Bréfritari: Gunnlaugur Oddsson
Dagsetning: A-1890-02-06
Skrifað á: Glasgow, Skotlandi

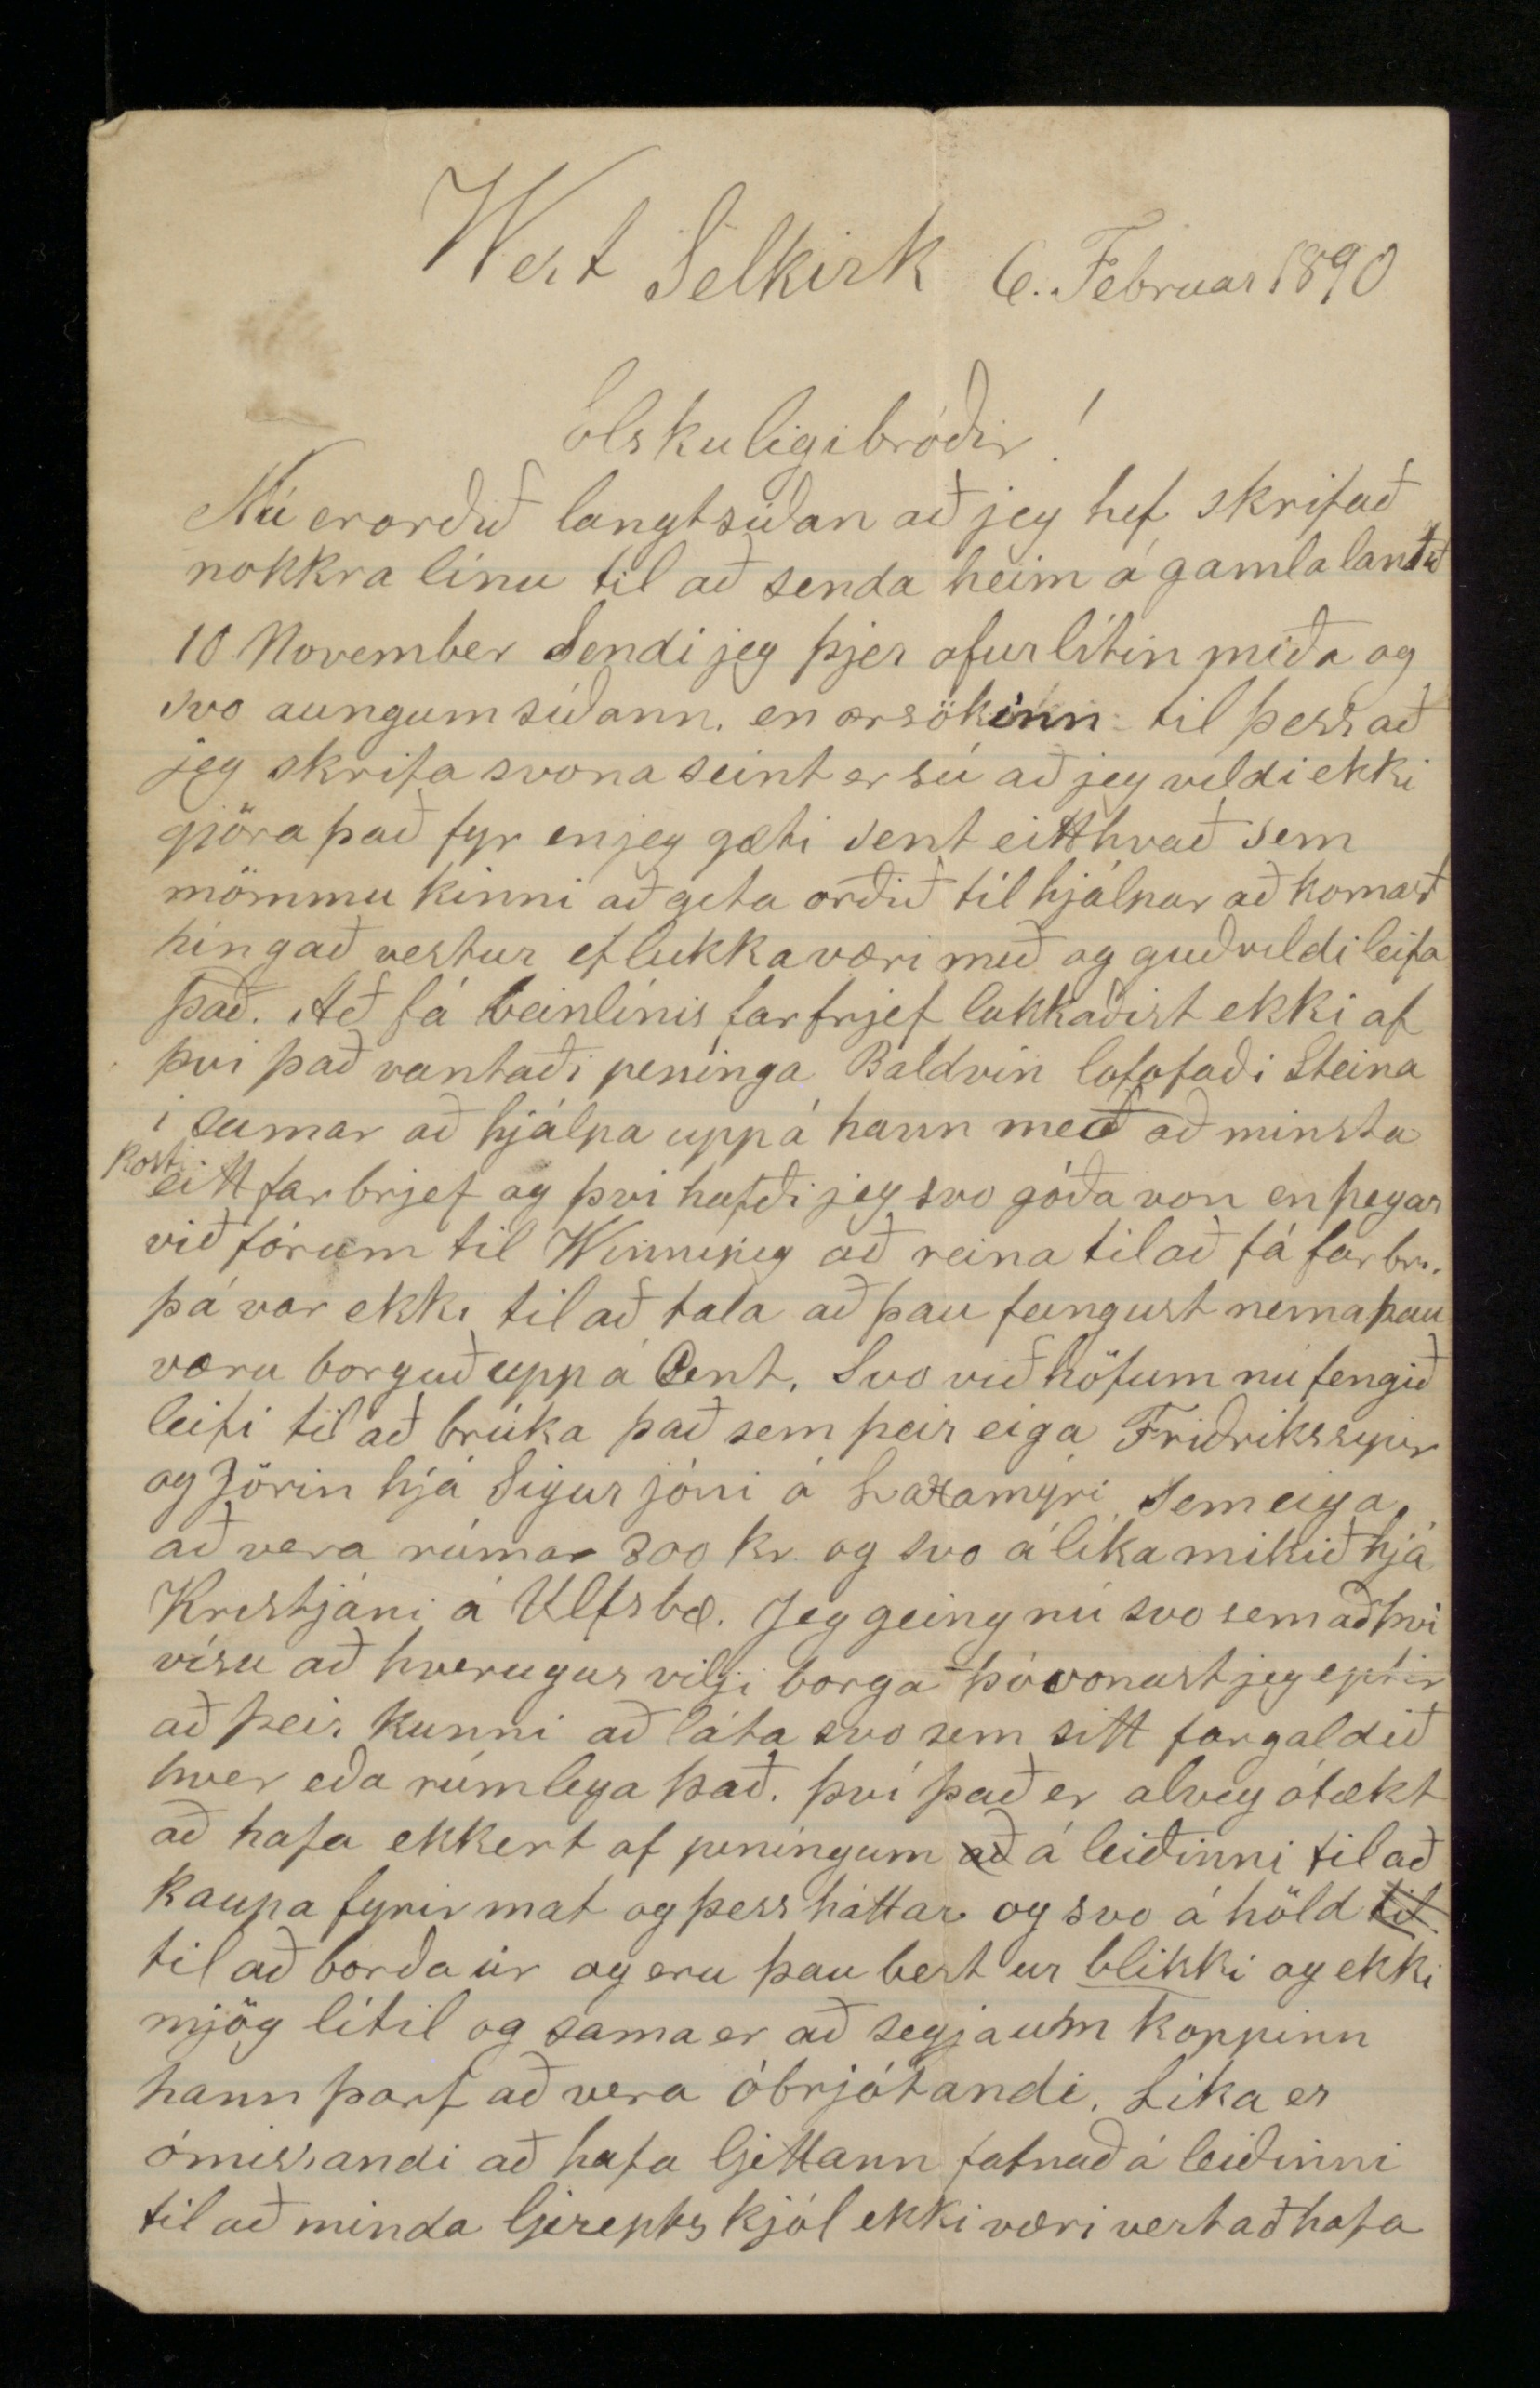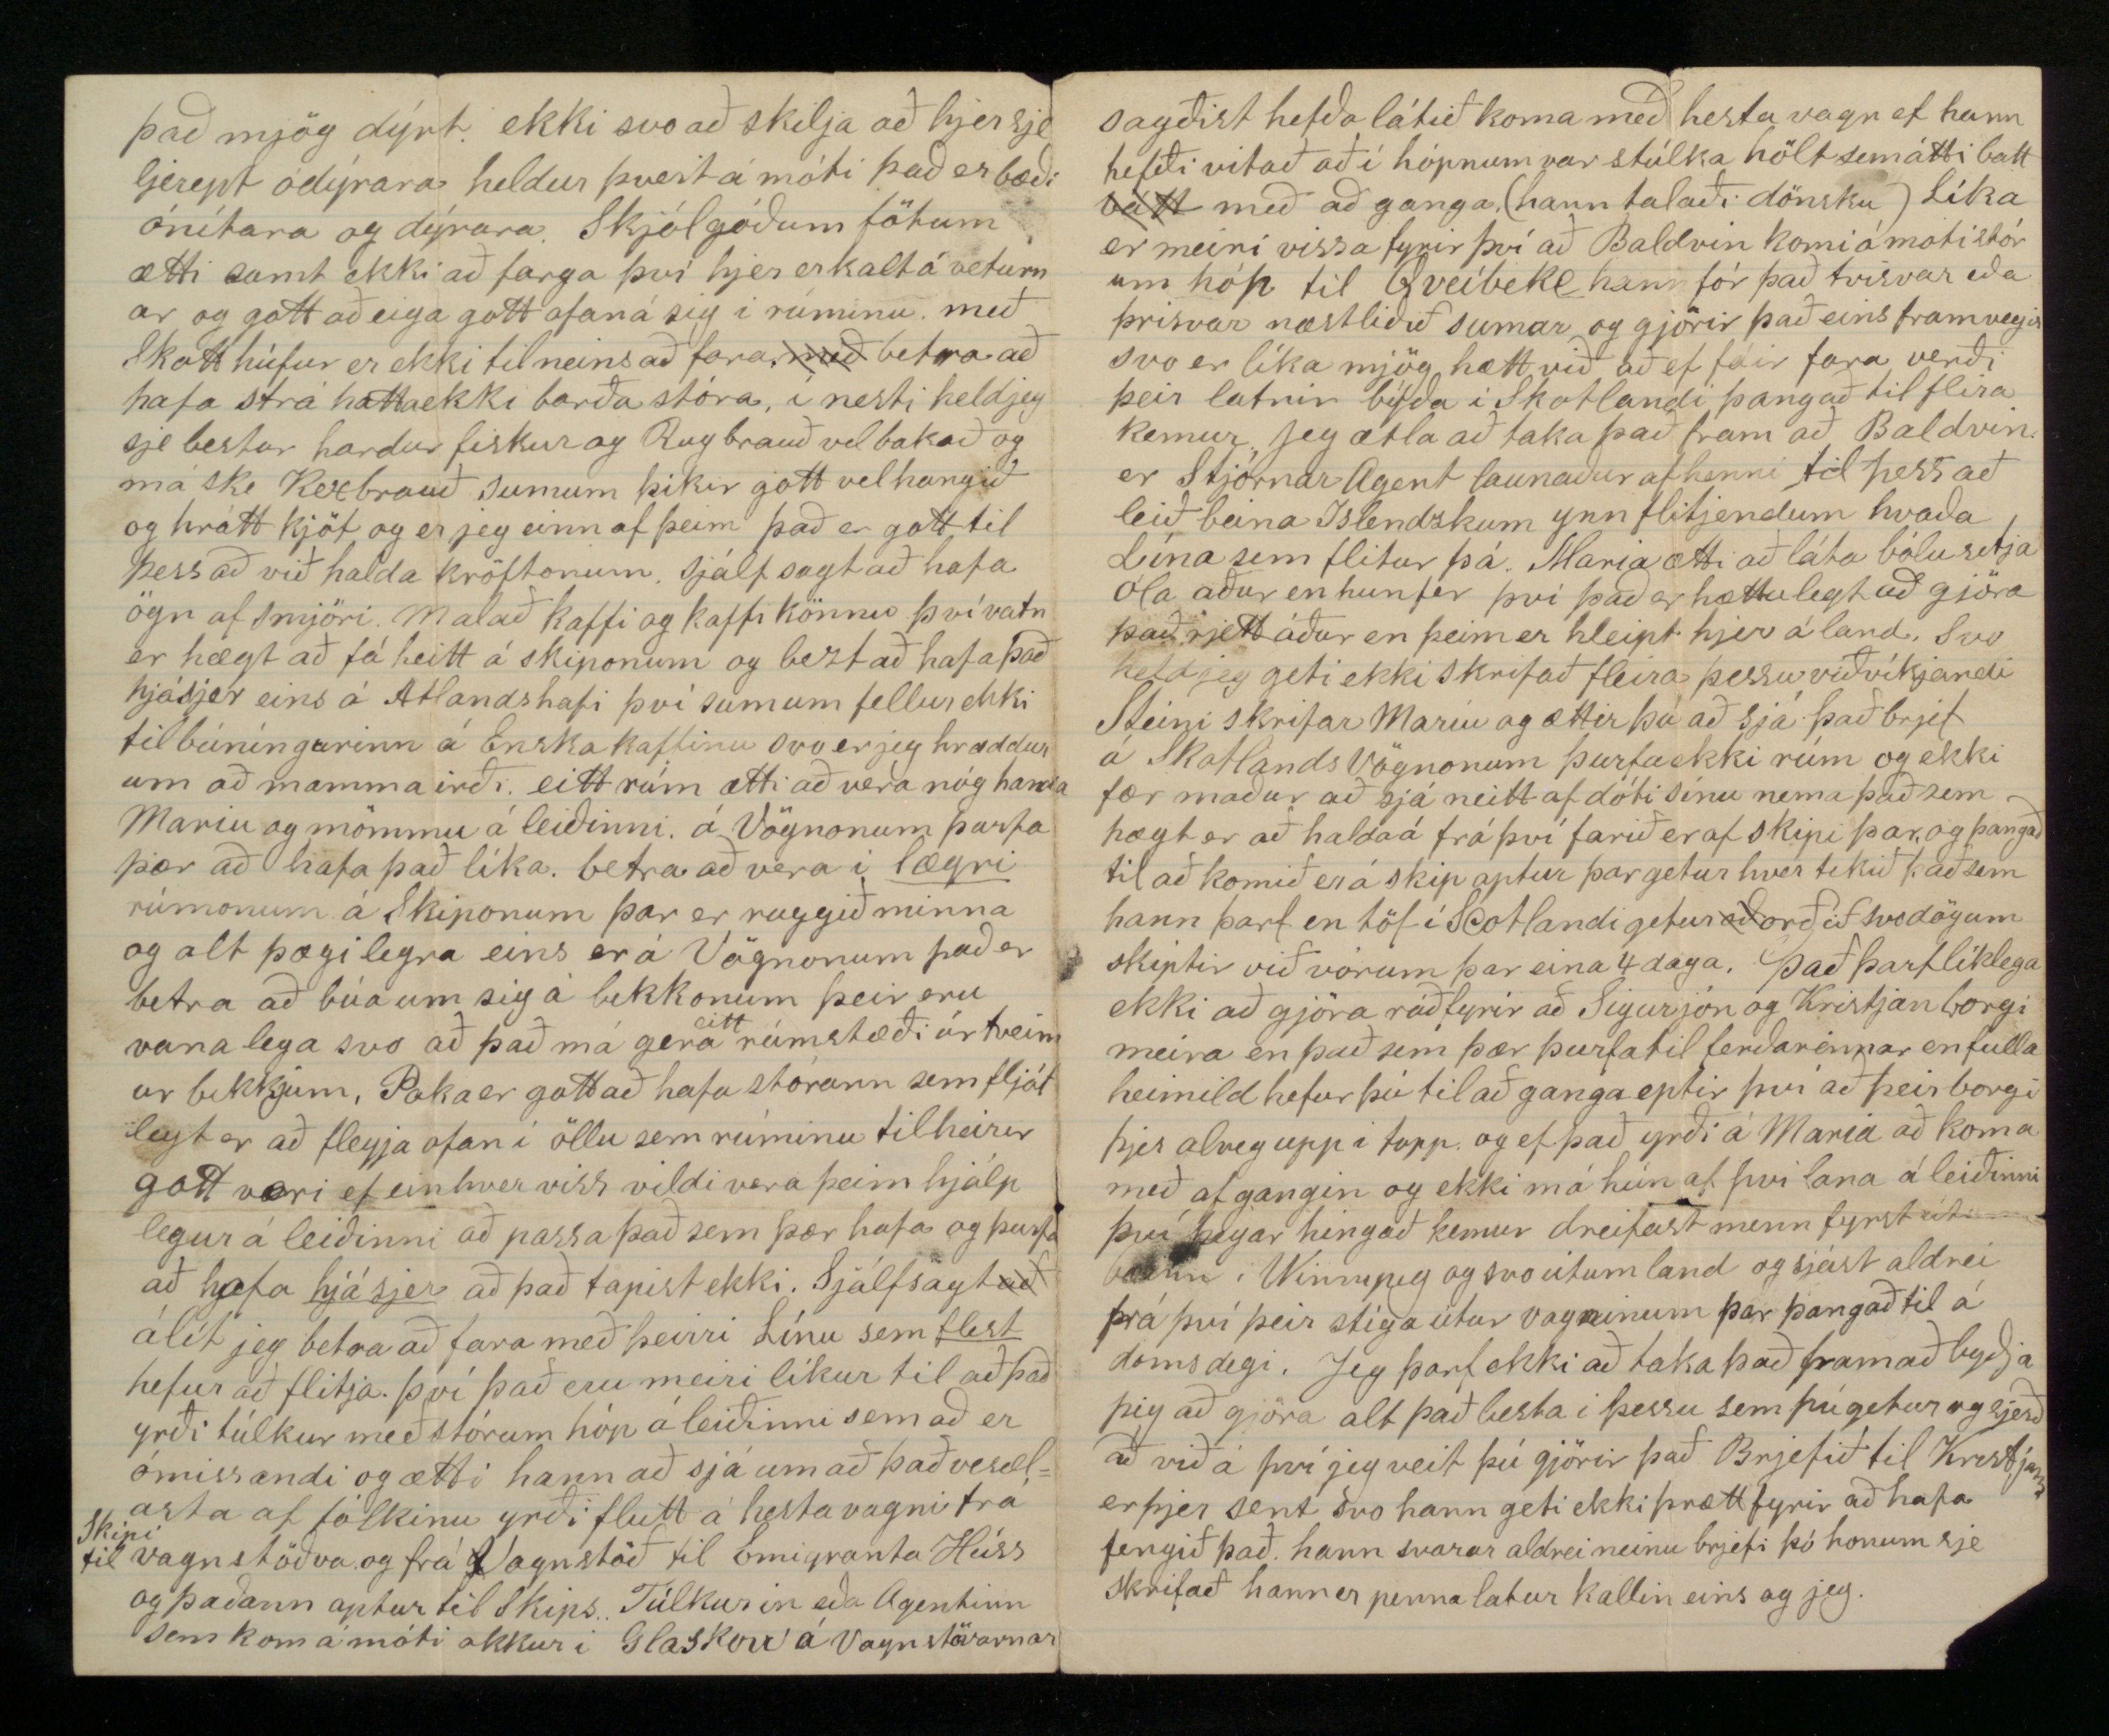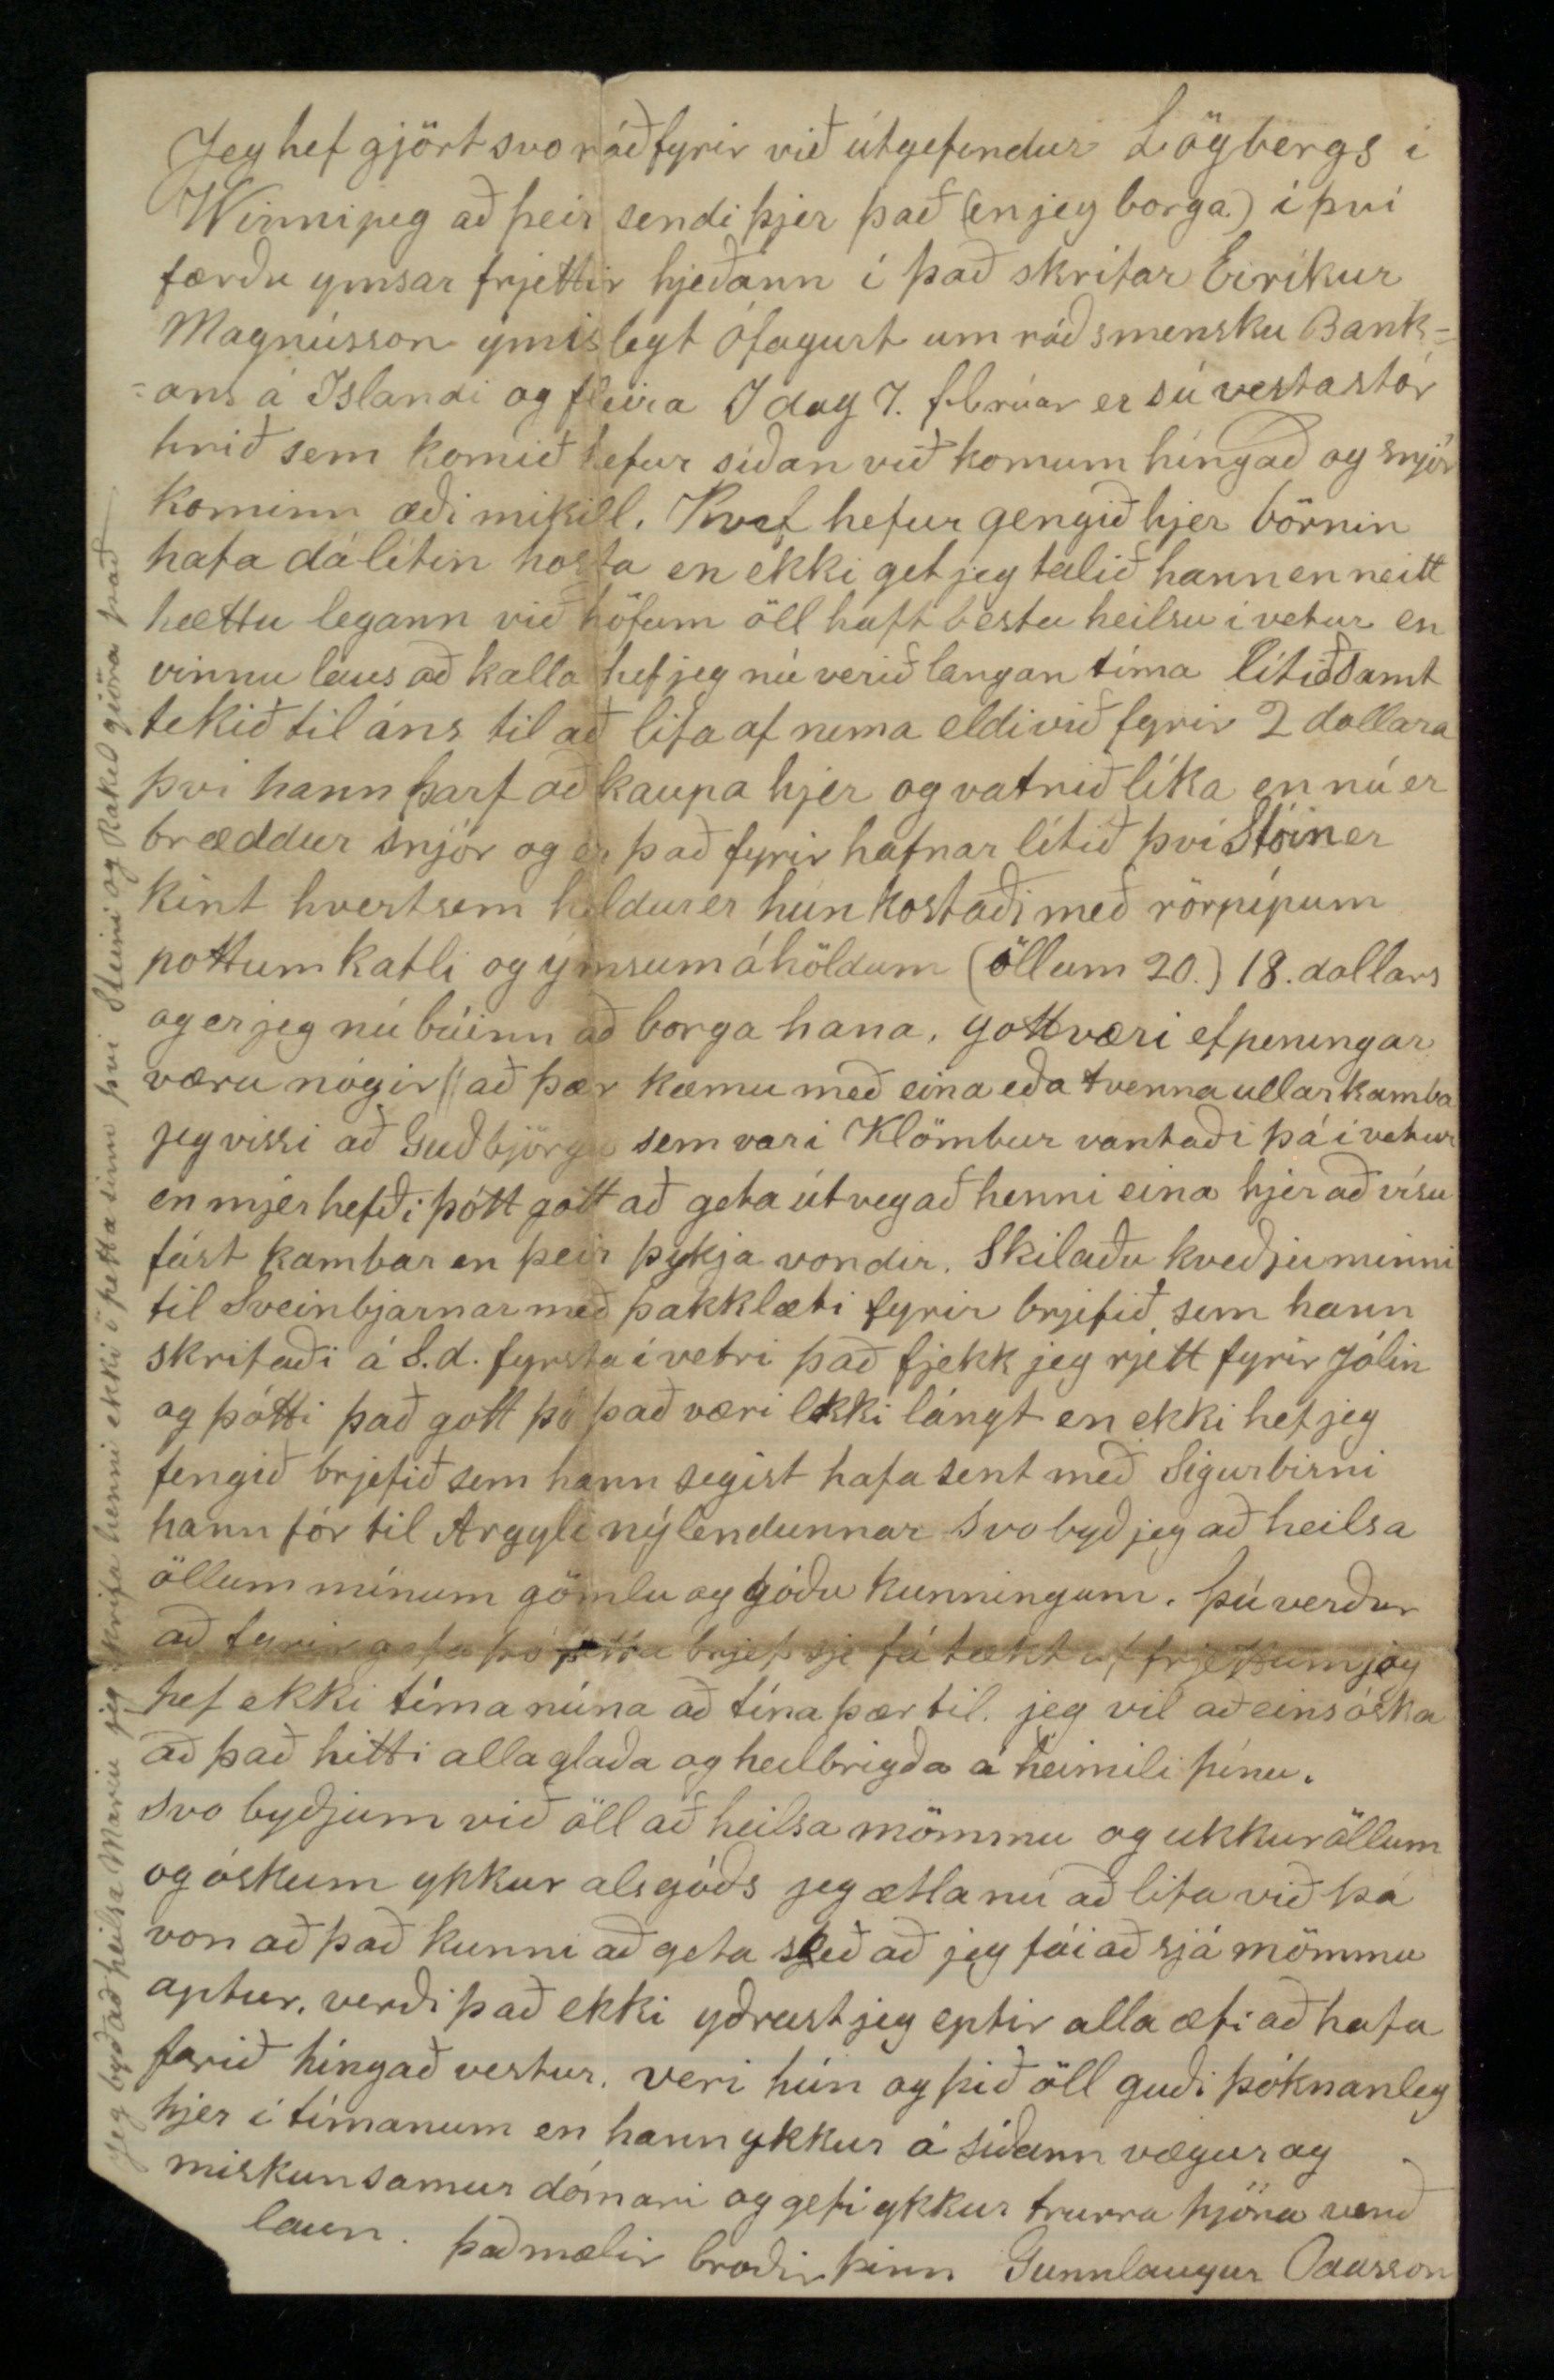

West Selkirk 6. Februar 1890
Elskuligi bróðir!
Nú er orðið langt síðan að jeg hef skrifað nokkra línu til að senda heim á gamla landið 10 November sendi jeg þjer ofurlítin miða og svo aungum síðann en orsökinn til þess að jeg skrifa svona seint er sú að jeg vildi ekki gjöra það fyr en jeg gæti sent eitthvað sem mömmu kinni að geta orðið til hjálpar að komast híngað vestur ef lukka væri með og guð vildi leifa það. Að fá beinlínis farbrjef lukkaðist ekki af því það vantaði penínga Baldvin lofafaði Steina í sumar að hjálpa upp á hann með að minsta
kosti
eitt far bjref og því hafði jeg svo góða von en þegar við fórum til Winnipeg að reina til að fá farbr. þá var ekki til að tala að þau fengust nema þau væru borguð upp á Cent. Svo við höfum nú fengið leifi til að brúka það sem þeir eiga Friðrikssynir og Jörin hjá Sigurjóni á Laxamýri sem eiga að vera rúmar 300 kr. og svo á líka mikið hjá Kristjáni á Ulfsbæ. Jeg geing nú svo sem að því vísu að hverugur vilji borga þó vonast jeg eptir að þeir kunni að láta svo sem sitt fargaldið hver eða rúmlega það. því það er alveg ótækt að hafa ekkert af peníngum
að
á leiðinni til að kaupa fyrir mat og þess háttar og svo áhöld
til
til að borða úr og eru þau best úr
blikki
og ekki mjög lítil og sama er að segja um koppinn hann þarf að vera óbrjótandi. Líka er ómissandi að hafa ljettann fatnað á leðinni til að minda ljerepts kjól ekki væri vert að hafa
það mjög dýrt. ekki svo að skilja að hjer sje ljerept ódýrara heldur þvert á móti það er bæði ónítara og dýrara. Skjólgóðum fötum ætti samt ekki að farga því hjer er kalt á veturnar og gott að eiga ofan á sig í rúminu með Skotthúfur er ekki til neins að fara
með
betra að hafa strá hatta ekki barðastóra, í nesti held jeg sje bestur harður fiskur og Rugbrauð vel bakað og máske Kexbrauð sumum þikir gott vel hangið og hrátt kjöt og er jeg einn af þeim það er gott til þess að halda kröftonum. sjálfsagt að hafa ögn af smjöri. Malað kaffi og kaffi könnur því vatn er hægt að fá heitt á skiponum og bezt að hafa það hjá sjer eins á Atlandshafi því sumum fellur ekki tilbúníngurinn á Enska kaffinu svo er jeg hræddur um að mamma irði eitt rúm ætti að vera nóg handa Mariu og mömmu á leiðinni. á Vögnonum þurfa þær að hafa það líka. betra að vera í
lægri
rúmonum á Skiponum þar er ruggið minna og alt þægilegra eins er á Vögnonum það er betra að búa um sig á bekkonum þeir eru vanalega svo að það má gera
eitt
rúmstæði úr tveimur bekkjum. Poka er gott að hafa stórann sem fljótlegt er að fleyja ofan í öllu sem rúminu tilheirir gott væri ef einhver viss vildi vera þeim hjálplegur á leiðinni að passa það sem þær hafa og þurfa að hafa
hjá sjer
að það tapist ekki. Sjálfsagt
að
álít jeg betra að fara með þeirri Línu
flest
hefur að flitja því það eru meiri líkur til að það yrði túlkur með stórum hóp á leiðinni sem að er ómissandi og ætti hann að sjá um að það vesælasta af fólkinu yrði flutt á hestavagni frá
Skipi til
vagnstöðva og frá Vagnstöð til Emigranta Húss og þaðann aptur til Skips. Túlkurin eða Agentinn sem kom á móti okkur í Glaskow á Vagnstöðvarnar
sagðist hefða látið koma með hesta vagn ef hann hefði vitað að í hópnum var stúlka hölt sem átti batt
bátt
með að ganga (hann talaði dönsku) líka er meiri vissa fyrir því að Baldvin komi á moti stórum hóp til Qveibeke hann fór það tvisvar eða þrisvar næstliðið sumar og gjörir það eins framvegis svo er líka mjög hætt við að ef fair fara verði þeir latnir býða í Skotlandi þangað til fleira kemur. Jeg ætla að taka það fram að Baldvin er Stjórar Agent lanaður af henni til þess að leið beina Islendskum ynnflitjendum hvaða Lína sem flitur þá. Maria ætti að láta bólu setja Óla aður en hun fer því það er hættulegt að gjöra það rjett áður en þeim er hleipt hjer á land. Svo held jeg geti ekki skrifað fleira þess viðvíkjandi Steini skrifar Maríu og ættir þú að sjá það brjef á Skotlands Vögnonum þurfa ekki rúm og ekki fær maður að sjá neitt af dóti sínu nema það sem hægt er að halda á frá því farið er af skipi þar og þangað til að komið er á skip aptur þar getur hver tekið það sem hann þarf en töf í Scotlandi getur
að
orðið svo dögum skiptir við vórum þar eina 4 daga. Það þarf líklega ekki að gjöra ráð fyrir að Sigurjón og Kristján borgi meira en það sem þær þurfa til ferðarinnar en fulla heimild hefur þú til að ganga eptir því að þeir borgi þjer alveg upp í topp og ef það yrði á Maria að koma með afgangin og ekki má hún af því lana á leiðinni því þegar hingað kemur dreifast menn fyrst útum bæinn í Winnipeg og svo útum land og sjást aldrei frá því þeir stíga útur vagninum þar þangað til á dómsdegi. Jeg þarf ekki að taka það fram að byðja þig að gjöra alt það besta í þessu sem þú getur og sjerð að við á því jeg veit þú gjörir það Brjefið til Kristjáns er þjer sent svo hann geti ekki þrætt fyrir að hafa fengið það. hann svarar aldrei neinu brjefi þó honum sje skrifað hann er pannalatur kallin eins og jeg.
Jeg hef gjört svo ráð fyrir við útgefendur Lögbergs í Winnipeg að þeir sendi þjer það (en jeg borga) í því færðu ýmsar frjettir hjeðann í það skrifar Eiríkur Magnússon ýmislegt Ófagurt um ráðsmensku Bankans á Islandi og fleira I dag 7. febrúar er sú vesta stór hríð sem komið hefur síðan við komum híngað og snjór kominn æði mikill. Kvef hefur gengið hjer börnin hafa dálítin hosta en ekki get jeg talið hann en neitt hættu legann við höfum öll haft bestu heilsu í vetur en vinnulaus að kalla hef jeg nú verið langan tíma lítið samt tekið til láns til að lifa af nema eldivið fyrir 2 dollara því hann þarf að kaupa hjer og vatnið líka en nú er bræddur snjór og er það fyrir hafnar lítið því Stóin er kint hvert sem heldur er hún kostaði með rörpípim pottum katli og ýmsum áhöldum (öll um 20) 18. dollars og er jeg nú búinn að borga hana. gott væri ef peningar væru nógir að þær kæmu með eina eða tvenna ullarkamba jeg vissi að Guðbjörgu sem var í Klömbur vantaði þá í vetur en mjer hefði þótt gott að geta útvegað henni eina hjer að vísu fást kambar en þeir þykja vondir. Skilaðu kveðju minni til Sveinbjarnar með þakklæti fyrir brjefið sem hann skrifaði á s.d. fyrsta í vetri það fjekk jeg rjett fyrir Jólin og þótti það gott þó það væri ekki lángt en ekki hef jeg fengið brjefið sem hann segist hafa sent með Sigurbirni hann fór til Argyli nýlendunnar Svo byð jeg að heilsa öllum mínum gömlu og góðu kunningum. þú verður að fyrirgefa þó þetta brjef sje fátækt af frjettum jeg hef ekki tíma núna að tína þær til. jeg vil aðeins óska að það hitti alla glaða og heilbrigða á heimili þínu.
Svo byðjum við öll að heilsa mömmu og ukkur öllum og óskum ykkur als góðs jeg ætla nú að lifa við þá von að það kunni að geta skeð að jeg fái að sjá mömmu aptur, verði það ekki yðrast jeg eptir alla æfi að hafa farið híngað vestur. veri hún og þið öll guði þóknanleg hjer í tímanum en hann ykkur á síðann vægur og miskunsamur dómari og gefi ykkur trúrra hjóna verðlaun.
það mælir broðir þinn Gunnlaugur Oddsson
Jeg byð að heilsa Mariu jeg skrifa henni ekki í þetta sinn því Steini og Rakel gjöra það